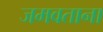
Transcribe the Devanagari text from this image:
जमवताना